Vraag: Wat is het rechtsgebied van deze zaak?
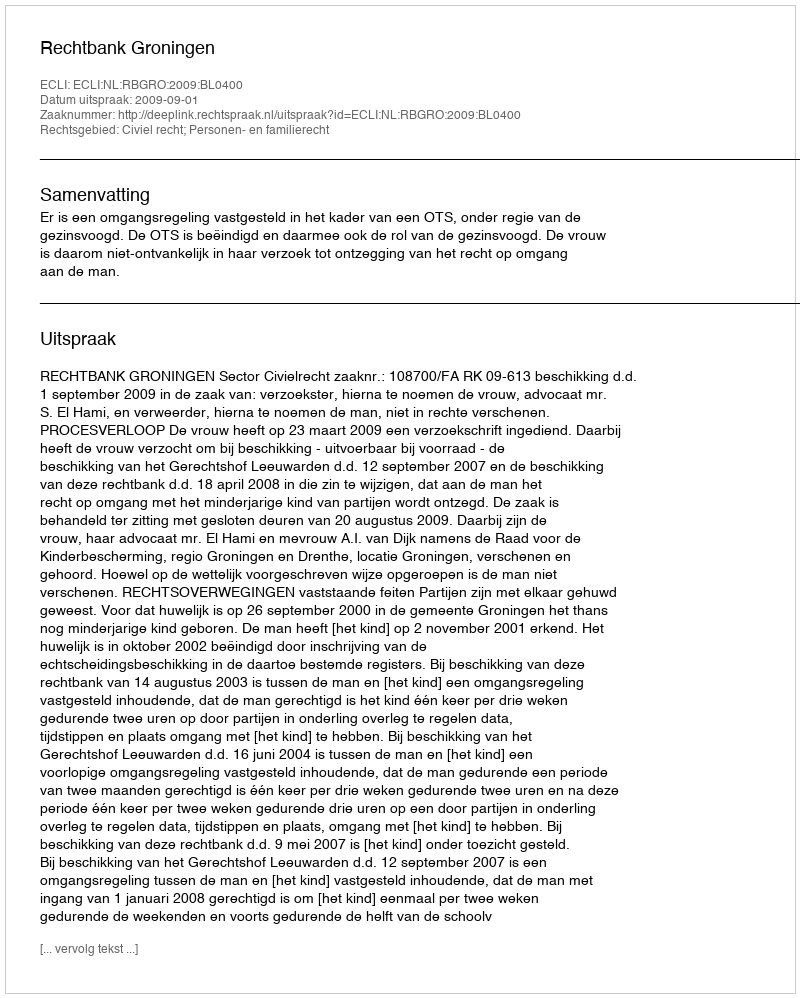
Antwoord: Civiel recht; Personen- en familierecht